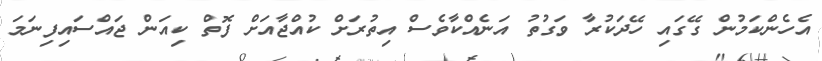
އެހެންކަމުން ގޭގައި ހޭދަކުރާ ވަގުތު އަނެއްކާވެސް އިތުރަށް ކުއްޖާއަށް ފޮތް ކިއަން ޖައްސައިފިނަމަ